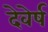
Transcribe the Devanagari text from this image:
देवेर्ष